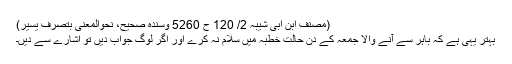
(مصنف ابن ابی شیبہ 2/ 120 ح 5260 وسندہ صحیح، نحوالمعنیٰ بتصرف یسیر)
بہتر یہی ہے کہ باہر سے آنے والا جمعہ کے دن حالتِ خطبہ میں سلام نہ کرے اور اگر لوگ جواب دیں تو اشارے سے دیں۔